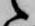
候